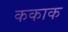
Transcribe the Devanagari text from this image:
ककाक